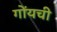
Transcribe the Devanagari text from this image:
गोंयची